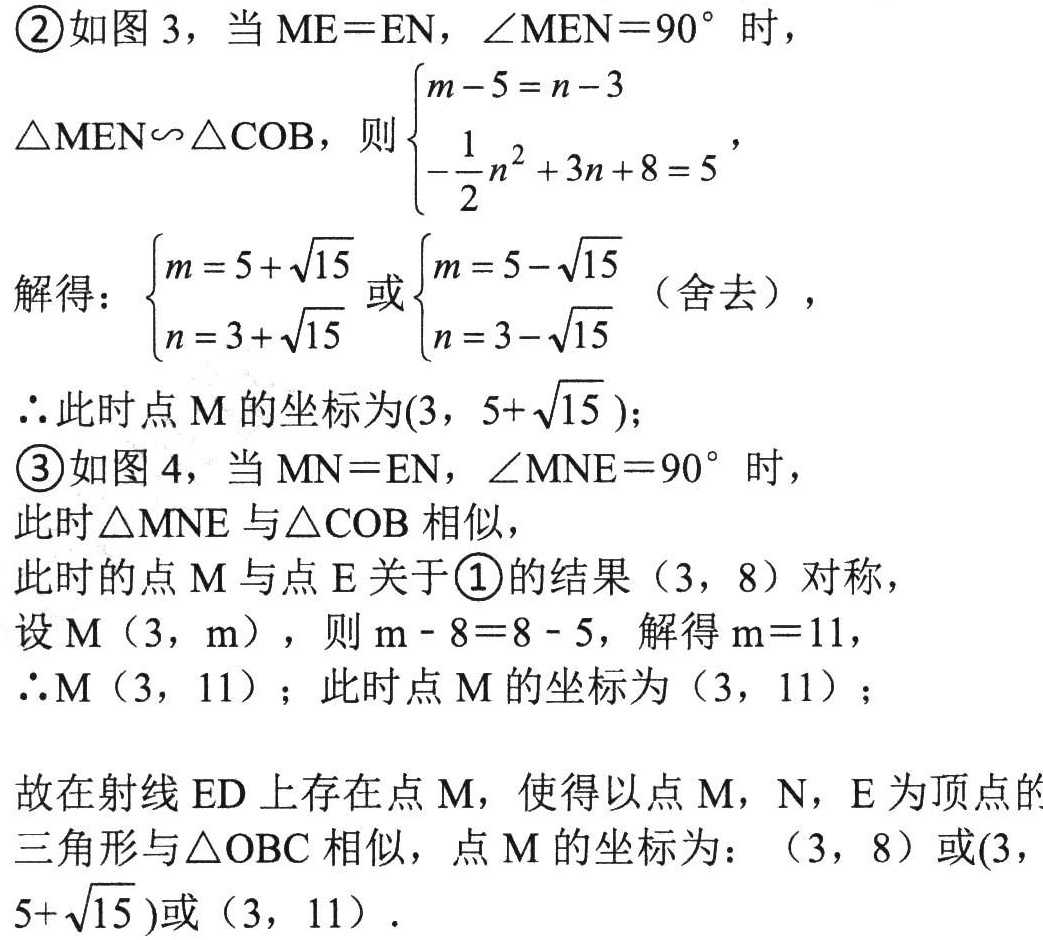
\textcircled{2}如图 3，当 \(ME = EN\)，\(\angle MEN = 90^{\circ}\) 时，
\(\triangle MEN\sim\triangle COB\)，则\(\begin{cases}m - 5 = n - 3\\-\dfrac{1}{2}n^{2}+3n + 8 = 5\end{cases}\)，
解得：\(\begin{cases}m = 5+\sqrt{15}\\n = 3+\sqrt{15}\end{cases}\)或\(\begin{cases}m = 5-\sqrt{15}\\n = 3-\sqrt{15}\end{cases}\)（舍去），
\(\therefore\)此时点 \(M\) 的坐标为\((3,5+\sqrt{15})\)；
\textcircled{3}如图 4，当 \(MN = EN\)，\(\angle MNE = 90^{\circ}\) 时，
此时\(\triangle MNE\)与\(\triangle COB\)相似，
此时的点 \(M\) 与点 \(E\) 关于\textcircled{1}的结果\((3,8)\)对称，
设 \(M(3,m)\)，则 \(m - 8 = 8 - 5\)，解得 \(m = 11\)，
\(\therefore M(3,11)\)；此时点 \(M\) 的坐标为\((3,11)\)；
故在射线 \(ED\) 上存在点 \(M\)，使得以点 \(M\)，\(N\)，\(E\) 为顶点的三角形与\(\triangle OBC\)相似，点 \(M\) 的坐标为：\((3,8)\)或\((3,5+\sqrt{15})\)或\((3,11)\)．